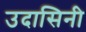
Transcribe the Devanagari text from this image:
उदासिनी